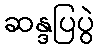
ဆန္ဒပြပွဲ